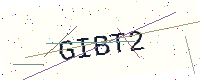
Text: GIBT2